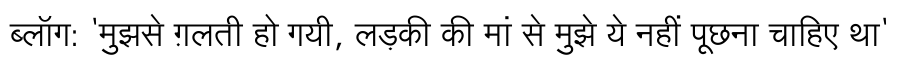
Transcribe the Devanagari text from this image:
ब्लॉग: 'मुझसे ग़लती हो गयी, लड़की की मां से मुझे ये नहीं पूछना चाहिए था'